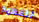
للقهوة